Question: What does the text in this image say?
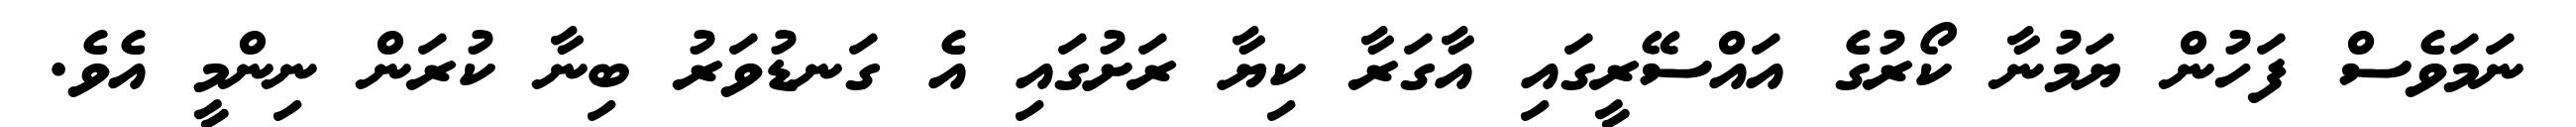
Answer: ނަމަވެސް ފަހުން ޔަމުނާ ކޯރުގެ އައްސޭރީގައި އާގަރާ ކިޔާ ރަށުގައި އެ ގަނޑުވަރު ބިނާ ކުރަން ނިންމީ އެވެ.